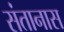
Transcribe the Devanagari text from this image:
संतानास